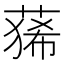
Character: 𮐑